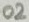
Text: O2